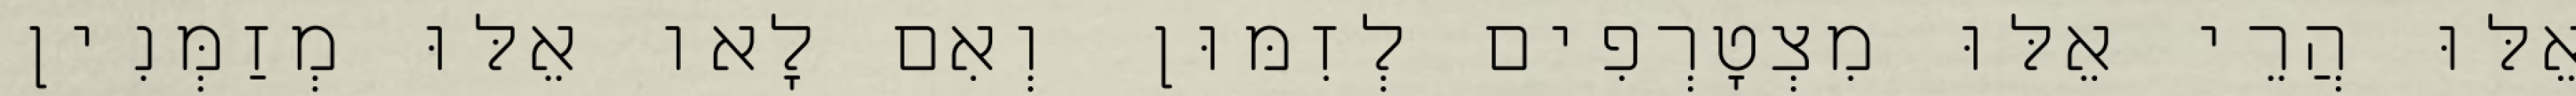
אֵלּוּ הֲרֵי אֵלּוּ מִצְטָרְפִים לְזִמּוּן וְאִם לָאו אֵלּוּ מְזַמְּנִין